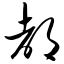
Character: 都